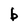
Character: b